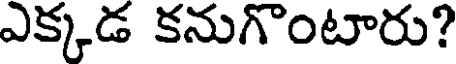
ఎక్కడ కనుగొంటారు?